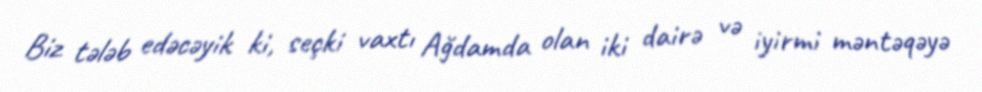
Biz tələb edəcəyik ki, seçki vaxtı Ağdamda olan iki dairə və iyirmi məntəqəyə